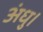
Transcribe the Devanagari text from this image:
अंधु।